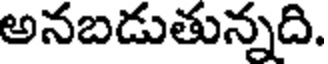
అనబడుతున్నది.